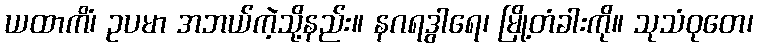
ယထာကိံ၊ ဥပမာ အဘယ်ကဲ့သို့နည်း။ နဂရဒွါရေ၊ မြို့တံခါးကို။ သုသံဝုတေ၊